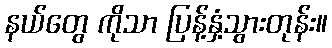
နယ်တွေ ကိုသာ ပြန့်နှံ့သွားတုန်း။